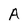
Character: A